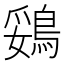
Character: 鵎